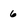
Character: 6